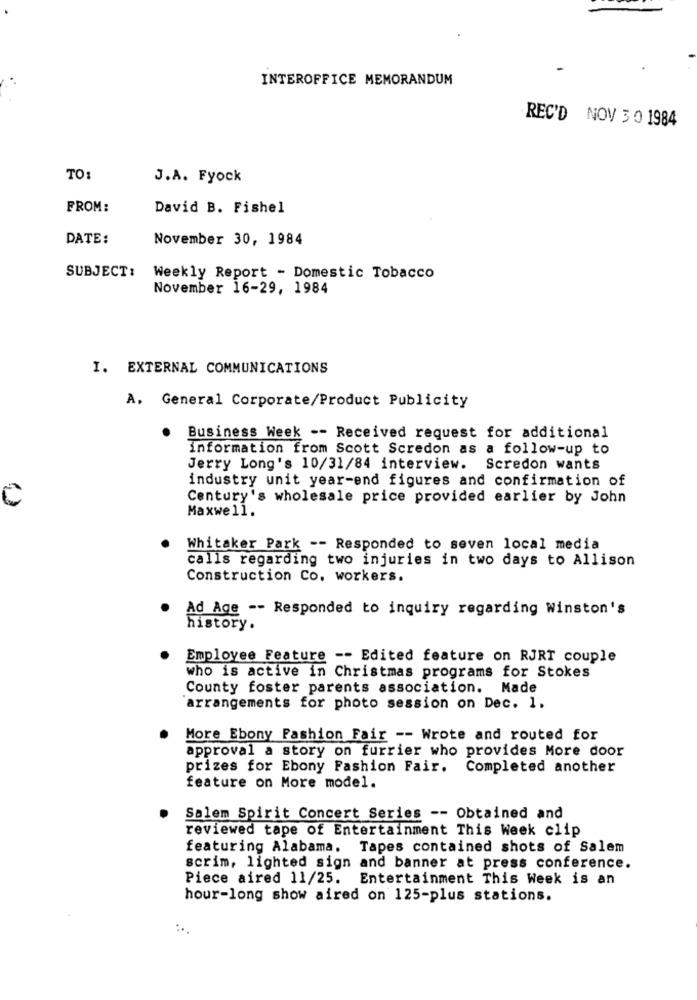
INTEROFFICE MEMORANDUM
REC'D NOV 3 0 1984
TO:
J.A. Fyock
FROM:
David B. Fishel
DATE:
November 30, 1984
SUBJECT:
Weekly Report - Domestic Tobacco
November 16-29, 1984
I. EXTERNAL COMMUNICATIONS
A. General Corporate/Product Publicity
Business Week -- Received request for additional
information from Scott Scredon as a follow-up to
Jerry Long's 10/31/84 interview.
Scredon wants
industry unit year-end figures and confirmation of
Century's wholesale price provided earlier by John
Maxwell.
Whitaker Park -- Responded to seven local media
calls regarding two injuries in two days to Allison
Construction Co. workers.
Ad Age -- Responded to inquiry regarding Winston's
history.
Employee Feature -- Edited feature on RJRT couple
who is active in Christmas programs for Stokes
County foster parents association. Made
`arrangements for photo session on Dec. 1.
More Ebony Fashion Fair -- Wrote and routed for
approval a story on furrier who provides More door
prizes for Ebony Fashion Fair. Completed another
feature on More model.
Salem Spirit Concert Series -- Obtained and
reviewed tape of Entertainment This Week clip
featuring Alabama. Tapes contained shots of Salem
scrim, lighted sign and banner at press conference.
Piece aired 11/25.
Entertainment This Week is an
hour-long show aired on 125-plus stations.